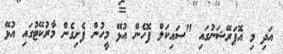
އަދި މި އޮޕަރޭޝަނުގައި "ސައިކަލް ފޮހެން އުޅޭ މީހުން ފެށިގެން މާރުކޭޓުގައި އުޅޭ